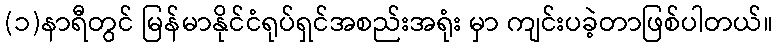
(၁)နာရီတွင် မြန်မာနိုင်ငံရုပ်ရှင်အစည်းအရုံး မှာ ကျင်းပခဲ့တာဖြစ်ပါတယ်။